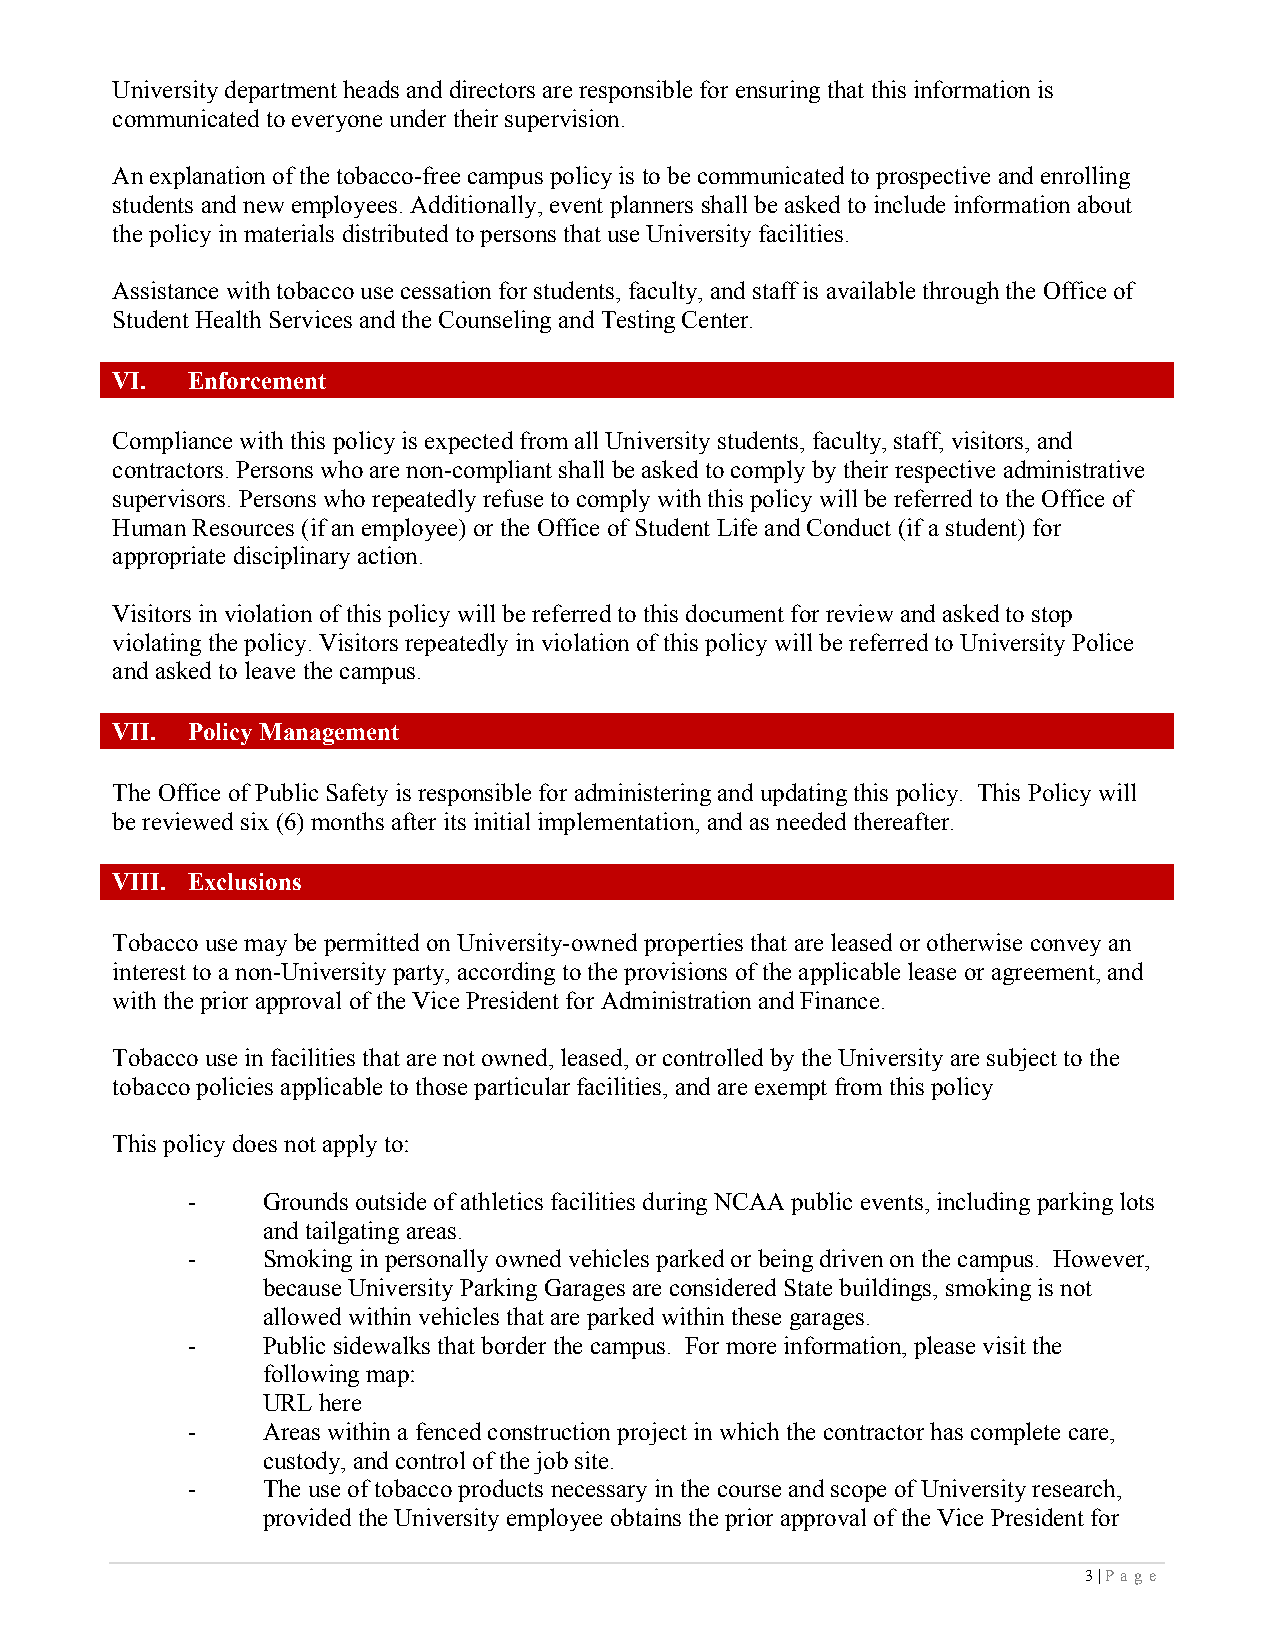
University department heads and directors are responsible for ensuring that this information is
 communicated to everyone under their supervision.
 An explanation of the tobacco-free campus policy is to be communicated to prospective and enrolling
 students and new employees. Additionally, event planners shall be asked to include information about
 the policy in materials distributed to persons that use University facilities.
 Assistance with tobacco use cessation for students, faculty, and staff is available through the Office of
 Student Health Services and the Counseling and Testing Center.
 VI.  Enforcement
 Compliance with this policy is expected from all University students, faculty, staff, visitors, and
 contractors. Persons who are non-compliant shall be asked to comply by their respective administrative
 supervisors. Persons who repeatedly refuse to comply with this policy will be referred to the Office of
 Human Resources (if an employee) or the Office of Student Life and Conduct (if a student) for
 appropriate disciplinary action.
 Visitors in violation of this policy will be referred to this document for review and asked to stop
 violating the policy. Visitors repeatedly in violation of this policy will be referred to University Police
 and asked to leave the campus.
 VII. Policy Management
 The Office of Public Safety is responsible for administering and updating this policy. This Policy will
 be reviewed six (6) months after its initial implementation, and as needed thereafter.
 VIII. Exclusions
 Tobacco use may be permitted on University-owned properties that are leased or otherwise convey an
 interest to a non-University party, according to the provisions of the applicable lease or agreement, and
 with the prior approval of the Vice President for Administration and Finance.
 Tobacco use in facilities that are not owned, leased, or controlled by the University are subject to the
 tobacco policies applicable to those particular facilities, and are exempt from this policy
 This policy does not apply to:
 -    Grounds outside of athletics facilities during NCAA public events, including parking lots
 and tailgating areas.
 -    Smoking in personally owned vehicles parked or being driven on the campus. However,
 because University Parking Garages are considered State buildings, smoking is not
 allowed within vehicles that are parked within these garages.
 -    Public sidewalks that border the campus. For more information, please visit the
 following map:
 URL here
 -    Areas within a fenced construction project in which the contractor has complete care,
 custody, and control of the job site.
 -    The use of tobacco products necessary in the course and scope of University research,
 provided the University employee obtains the prior approval of the Vice President for
 3 | P a g e